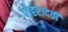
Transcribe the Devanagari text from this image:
पोहरादवी